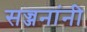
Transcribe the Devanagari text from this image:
सज्जनांनी